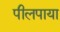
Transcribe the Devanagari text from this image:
पीलपाया